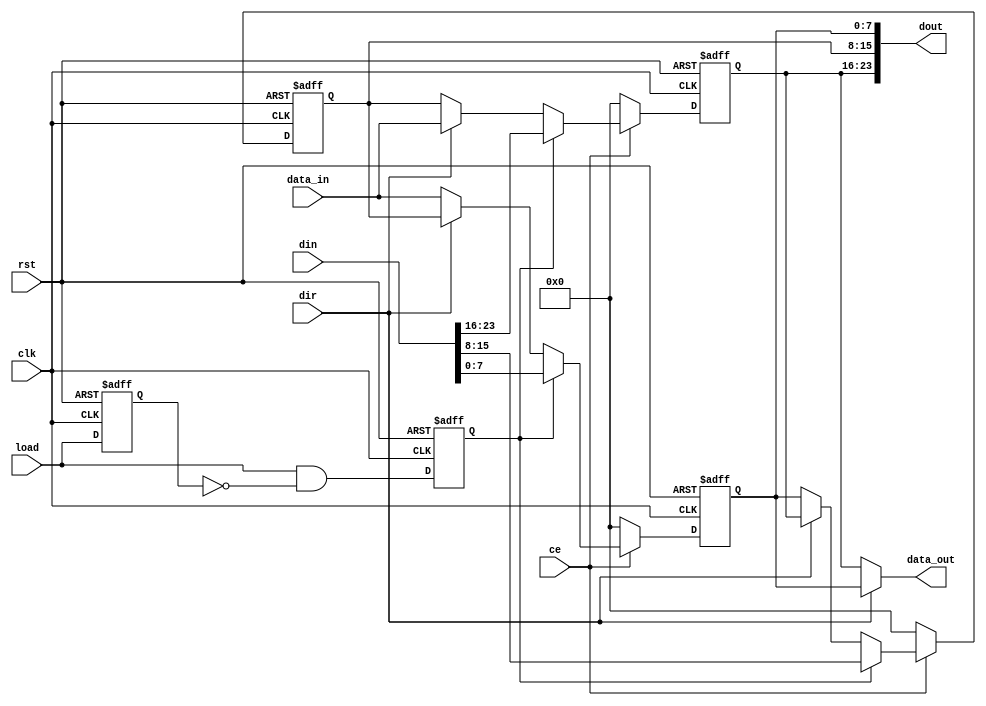
module universal_shift_register #(parameter WIDTH = 8, parameter SIZE = 3) (
input clk,
input ce,
input rst,
input load,
input dir,                            
input [WIDTH-1:0] data_in,
input [WIDTH*SIZE-1:0] din,
output [WIDTH-1:0] data_out,
output [WIDTH*SIZE-1:0] dout
);
reg [WIDTH-1:0] sr [SIZE-1:0];
reg load_delayed;
reg load_pulse;
    

always@(posedge clk or posedge rst)
begin
   if(rst)
   begin
        load_delayed <= 0;
        load_pulse <= 0;
   end
   else
   begin
       load_delayed <= load;
       load_pulse <= load && ~load_delayed;
   end
    end

generate
genvar i;
for(i=0;i<SIZE;i=i+1)
begin:block
   always@(posedge clk or posedge rst)
    begin
       if(rst)
            begin
                sr[i] <= 'd0;
            end
        else if(ce)
          begin
              if(load_pulse)
              begin
                  sr[i] <= din[WIDTH*(i+1)-1:WIDTH*i];
              end
              else
              begin
              if(dir)
              begin
                if(i == SIZE-1)
                begin
                    sr[i] <= data_in;
                end
                else
                sr[i] <= sr[i+1];
              end
              else
              begin
                if(i == 'd0)
                begin
                      sr[i] <= data_in;
                end
                else
                begin
                    sr[i] <= sr[i-1];
                end
              end
              end
          end
        else
        begin
            sr[i] <= 'd0;
        end
    end
  assign dout[WIDTH*(i+1) - 1: WIDTH*i] = sr[i];
end
endgenerate
assign data_out = dir ? sr[0] : sr[SIZE-1];
endmodule